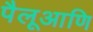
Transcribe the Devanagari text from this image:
पैलूआणि